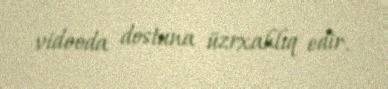
videoda dostuna üzrxahlıq edir.